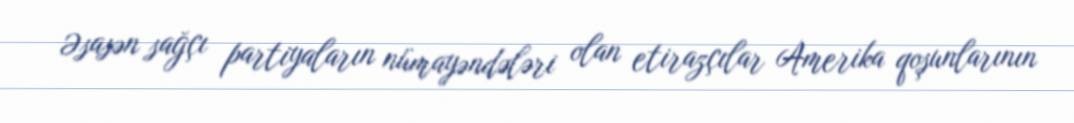
Əsasən sağçı partiyaların nümayəndələri olan etirazçılar Amerika qoşunlarının